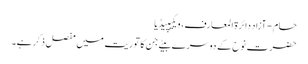
حام - آزاد دائرۃ المعارف، ویکیپیڈیا
حضرت نوح کے دوسرے بیٹے جن کا توریت میں مفصل ذکر ہے۔